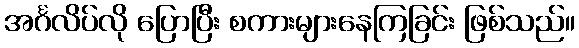
အင်္ဂလိပ်လို ပြောပြီး စကားများနေကြခြင်း ဖြစ်သည်။